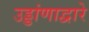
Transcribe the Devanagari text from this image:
उड्डांणाद्वारे